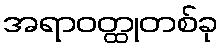
အရာဝတ္ထုတစ်ခု